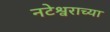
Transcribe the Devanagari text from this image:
नटेश्वराच्या